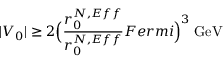
| V _ { 0 } | \ge 2 \Bigl ( \frac { r _ { 0 } ^ { N , E f f } } { r _ { 0 } ^ { N , E f f } } { F e r m i } \Bigr ) ^ { 3 } \; \mathrm { G e V }